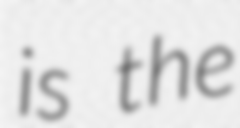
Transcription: is the